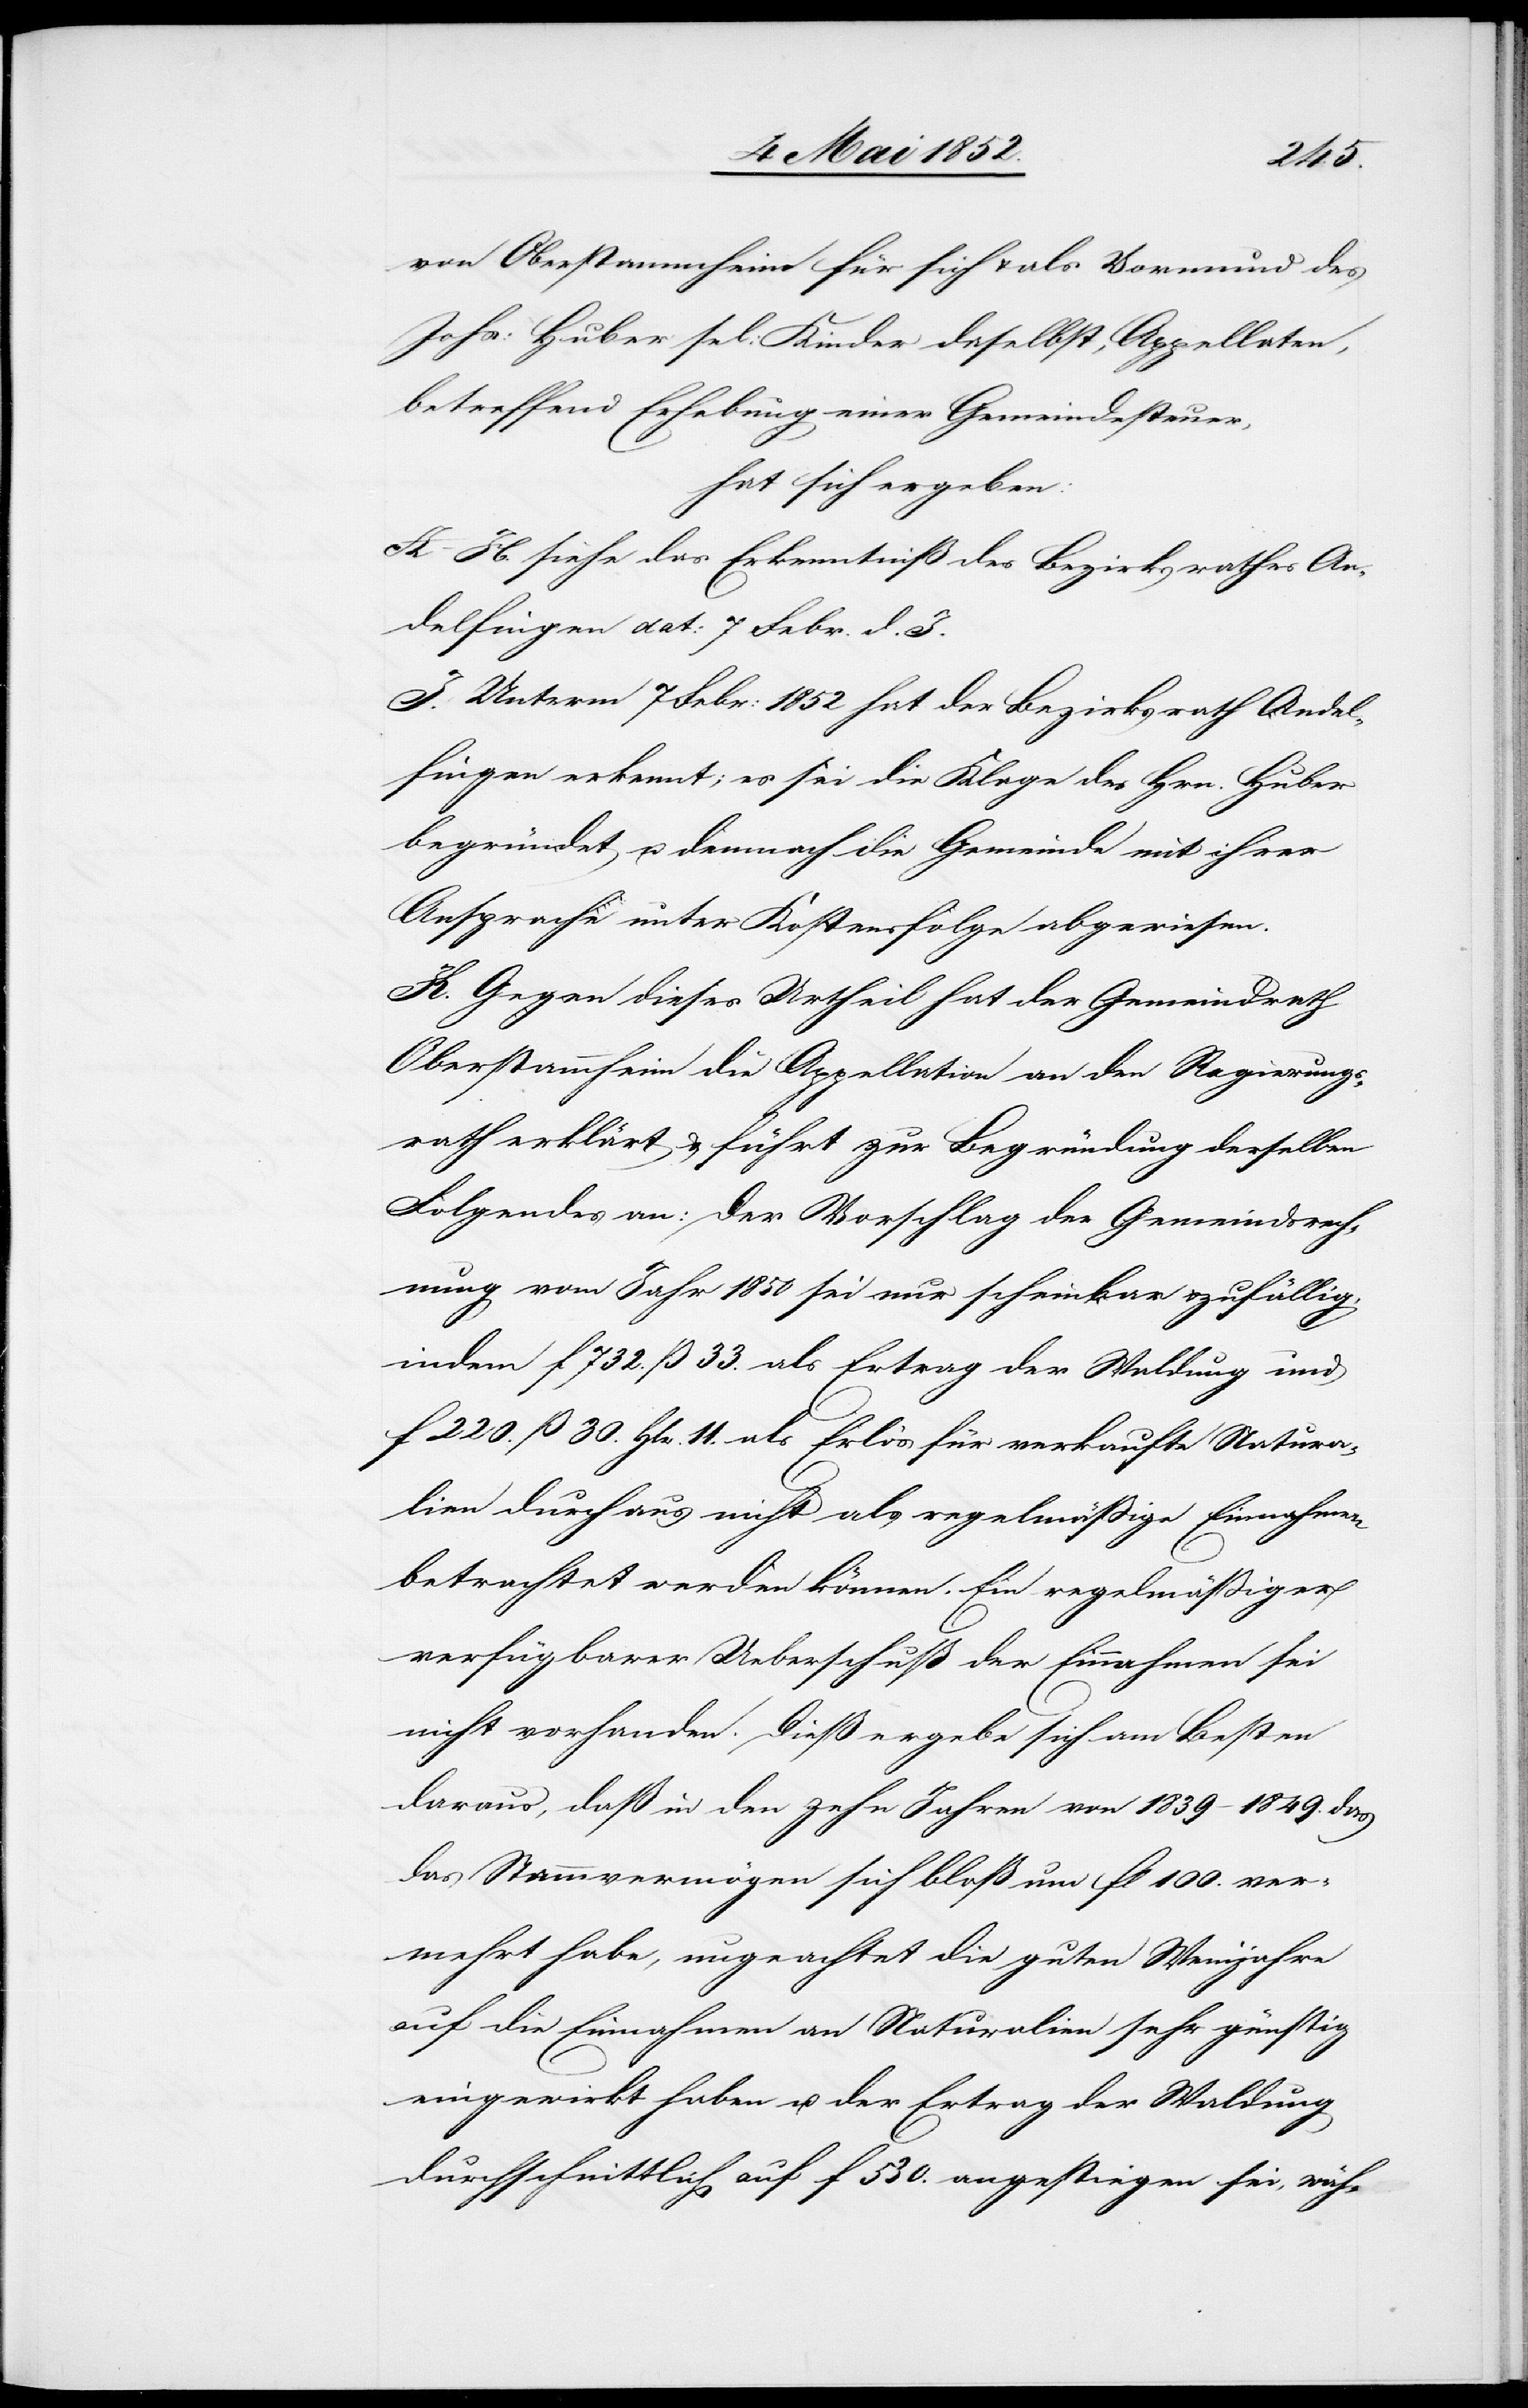
von Oberstammheim für sich & als Vormund des
Johs: Huber sel: Kinder daselbst, Appellaten,
betreffend Erhebung einer Gemeindesteuer,
hat sich ergeben:
A–H. siehe das Erkenntniß des Bezirksrathes An¬
delfingen dat: 7 Febr. d. J.
I. Unterm 7 Febr: 1852 hat der Bezirksrath Andel¬
fingen erkennt; es sei die Klage des Hrn. Huber
begründet u. demnach die Gemeinde mit ihrer
Ansprache unter Kostensfolge abgewiesen.
K. Gegen dieses Urtheil hat der Gemeindrath
Oberstammheim die Appellation an den Regierungs¬
rath erklärt & führt zur Begründung derselben
Folgendes an: Der Vorschlag der Gemeindsrech¬
nung vom Jahr 1850 sei nur scheinbar & zufällig,
indem f 732. ß 33. als Ertrag der Waldung und
f 220. ß 30. Hlr. 11. als Erlös für verkaufte Natura¬
lien durchaus nicht als regelmässige Einnahmen
betrachtet werden können. Ein regelmässiger
verfügbarer Ueberschuß der Einnahmen sei
nicht vorhanden. Dieß ergebe sich am Besten
daraus, daß in den zehn Jahren von 1839–1849. das
Stammvermögen sich bloß um fl 100. ver¬
mehrt habe, ungeachtet die guten Weinjahre
auf die Einnahmen an Naturalien sehr günstig
eingewirkt haben u. der Ertrag der Waldung
durchschnittlich auf f 530. angestiegen sei, wäh-